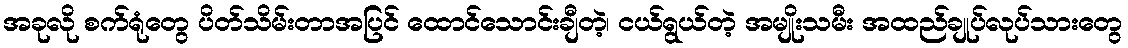
အခုလို စက်ရုံတွေ ပိတ်သိမ်းတာအပြင် ထောင်သောင်းချီတဲ့၊ ငယ်ရွယ်တဲ့ အမျိုးသမီး အထည်ချုပ်လုပ်သားတွေ